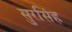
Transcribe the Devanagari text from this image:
सुरसिंह